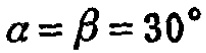
\(\alpha = \beta = 30^{\circ}\)